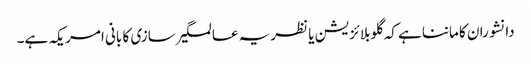
دانشوران کا ماننا ہے کہ گلوبلائزیشن یا نظریہ عالمگیر سازی کا بانی امریکہ ہے۔